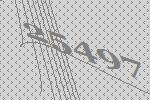
25497